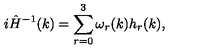
i \hat { H } ^ { - 1 } ( k ) = \sum _ { r = 0 } ^ { 3 } \omega _ { r } ( k ) h _ { r } ( k ) ,